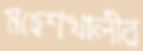
মহেশখালীর